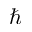
\hbar